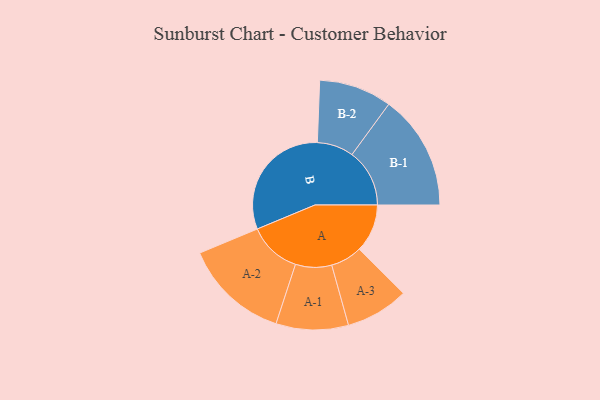
{"axis": {"x": "Segment", "y": "Value"}, "legend": ["", "A", "B"], "data": [{"x": "A", "y": 157, "type": ""}, {"x": "B", "y": 401, "type": ""}, {"x": "A-1", "y": 118, "type": "A"}, {"x": "A-2", "y": 172, "type": "A"}, {"x": "A-3", "y": 103, "type": "A"}, {"x": "B-1", "y": 188, "type": "B"}, {"x": "B-2", "y": 119, "type": "B"}]}